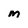
Character: M